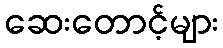
ဆေးတောင့်များ